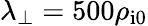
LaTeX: \lambda_{\perp}=500\rho_{\mathrm{i}0}